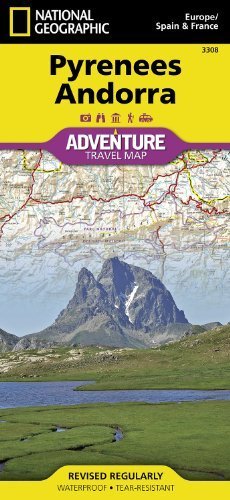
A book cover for Pyrenees and Andorra (National Geographic: Adventure Map) (Adventure Map (Numbered)) by National Geographic Maps - Adventure (2011) Map; Travel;